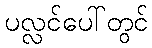
ပလ္လင်ပေါ်တွင်